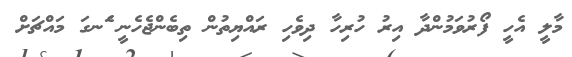
މާލީ އެހީ ފޯރުވަމުންދާ އިރު ހުރިހާ ދިވެހި ރައްޔިތުން ތިބެންޖެހެނީ ެަނގަ މައްޗަށް